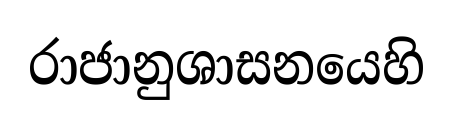
රාජානුශාසනයෙහි